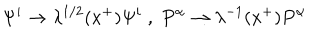
LaTeX: \Psi ^ { i } \rightarrow \lambda ^ { 1 / 2 } ( x ^ { + } ) \Psi ^ { i } \; , \; P ^ { \alpha } \rightarrow \lambda ^ { - 1 } ( x ^ { + } ) P ^ { \alpha }